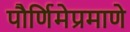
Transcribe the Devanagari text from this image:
पौर्णिमेप्रमाणे